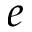
e